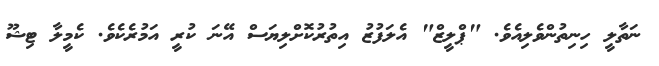
ނަތާލީ ހިނިތުންވެލިއެވެ. "ޕްލީޒް" އެލަފުޒު އިތުރުކޮށްލިޔަސް އޭނަ ކުރީ އަމުރެކެވެ. ކެމީލާ ޓިޝޫ